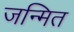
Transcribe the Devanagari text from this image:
जन्मित